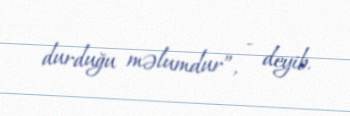
durduğu məlumdur”, - deyib.